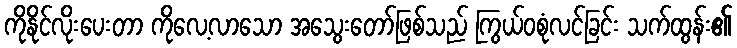
ကိုနိုင်လိုးပေးတာ ကိုလေ့လာသော အသွေးတော်ဖြစ်သည် ကြွယ်ဝစုံလင်ခြင်း သက်ထွန်း၏